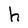
Character: h